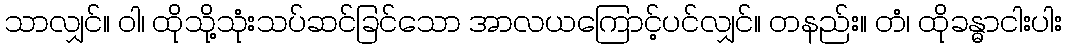
သာလျှင်။ ဝါ၊ ထိုသို့သုံးသပ်ဆင်ခြင်သော အာလယကြောင့်ပင်လျှင်။ တနည်း။ တံ၊ ထိုခန္ဓာငါးပါး